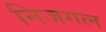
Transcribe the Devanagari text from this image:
निजगल